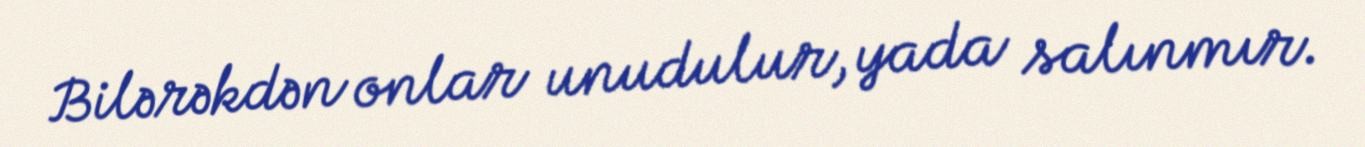
Bilərəkdən onlar unudulur, yada salınmır.